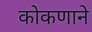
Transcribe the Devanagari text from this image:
कोकणाने